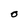
Character: O